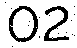
02